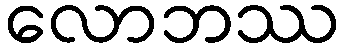
လောဘဿ